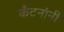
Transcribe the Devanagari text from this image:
कँटनांनी